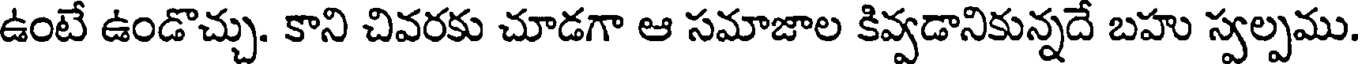
ఉంటే ఉండొచ్చు. కాని చివరకు చూడగా ఆ సమాజాల కివ్వడానికున్నదే బహు స్వల్పము